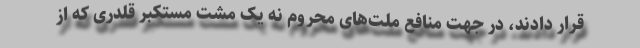
قرار دادند، در جهت منافع ملت‌های محروم نه یک مشت مستکبر قلدری که از